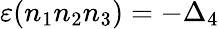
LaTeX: \varepsilon(n_{1}n_{2}n_{3})=-\Delta_{4}